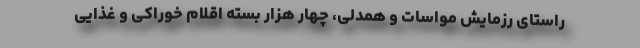
راستای رزمایش مواسات و همدلی، چهار هزار بسته اقلام خوراکی و غذایی